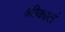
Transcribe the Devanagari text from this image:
श्रीकातं